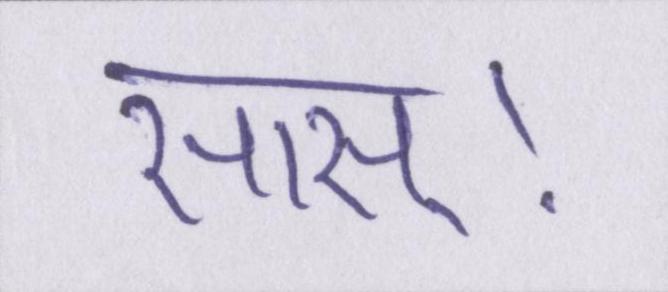
सास्।